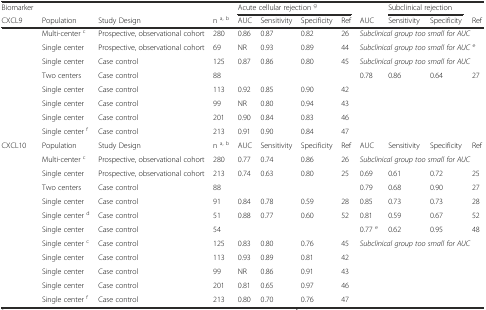
<table><thead><tr><td><b>Biomarker</b></td><td></td><td></td><td></td><td colspan="4"><b>Acute cellular rejection <sup>g</sup></b></td><td></td><td colspan="2"><b>Subclinical rejection</b></td><td></td></tr><tr><td><b>CXCL9</b></td><td><b>Population</b></td><td><b>Study Design</b></td><td><b>n <sup>a, b</sup></b></td><td><b>AUC</b></td><td><b>Sensitivity</b></td><td><b>Specificity</b></td><td><b>Ref</b></td><td><b>AUC</b></td><td><b>Sensitivity</b></td><td><b>Specificity</b></td><td><b>Ref</b></td></tr></thead><tbody><tr><td></td><td>Multi-center <sup>c</sup></td><td>Prospective, observational cohort</td><td>280</td><td>0.86</td><td>0.87</td><td>0.82</td><td>26</td><td colspan="4"><i>Subclinical group too small for AUC</i></td></tr><tr><td></td><td>Single center</td><td>Prospective, observational cohort</td><td>69</td><td>NR</td><td>0.93</td><td>0.89</td><td>44</td><td colspan="4"><i>Subclinical group too small for AUC</i><sup>e</sup></td></tr><tr><td></td><td>Single center</td><td>Case control</td><td>125</td><td>0.87</td><td>0.86</td><td>0.80</td><td>45</td><td colspan="4"><i>Subclinical group too small for AUC</i></td></tr><tr><td></td><td>Two centers</td><td>Case control</td><td>88</td><td></td><td></td><td></td><td></td><td>0.78</td><td>0.86</td><td>0.64</td><td>27</td></tr><tr><td></td><td>Single center</td><td>Case control</td><td>113</td><td>0.92</td><td>0.85</td><td>0.90</td><td>42</td><td></td><td></td><td></td><td></td></tr><tr><td></td><td>Single center</td><td>Case control</td><td>99</td><td>NR</td><td>0.80</td><td>0.94</td><td>43</td><td></td><td></td><td></td><td></td></tr><tr><td></td><td>Single center</td><td>Case control</td><td>201</td><td>0.90</td><td>0.84</td><td>0.83</td><td>46</td><td></td><td></td><td></td><td></td></tr><tr><td></td><td>Single center <sup>f</sup></td><td>Case control</td><td>213</td><td>0.91</td><td>0.90</td><td>0.84</td><td>47</td><td></td><td></td><td></td><td></td></tr><tr><td>CXCL10</td><td>Population</td><td>Study Design</td><td>n <sup>a, b</sup></td><td>AUC</td><td>Sensitivity</td><td>Specificity</td><td>Ref</td><td>AUC</td><td>Sensitivity</td><td>Specificity</td><td>Ref</td></tr><tr><td></td><td>Multi-center <sup>c</sup></td><td>Prospective, observational cohort</td><td>280</td><td>0.77</td><td>0.74</td><td>0.86</td><td>26</td><td colspan="4"><i>Subclinical group too small for AUC</i></td></tr><tr><td></td><td>Single center</td><td>Prospective, observational cohort</td><td>213</td><td>0.74</td><td>0.63</td><td>0.80</td><td>25</td><td>0.69</td><td>0.61</td><td>0.72</td><td>25</td></tr><tr><td></td><td>Two centers</td><td>Case control</td><td>88</td><td></td><td></td><td></td><td></td><td>0.79</td><td>0.68</td><td>0.90</td><td>27</td></tr><tr><td></td><td>Single center</td><td>Case control</td><td>91</td><td>0.84</td><td>0.78</td><td>0.59</td><td>28</td><td>0.85</td><td>0.73</td><td>0.73</td><td>28</td></tr><tr><td></td><td>Single center <sup>d</sup></td><td>Case control</td><td>51</td><td>0.88</td><td>0.77</td><td>0.60</td><td>52</td><td>0.81</td><td>0.59</td><td>0.67</td><td>52</td></tr><tr><td></td><td>Single center</td><td>Case control</td><td>54</td><td></td><td></td><td></td><td></td><td>0.77 <sup>e</sup></td><td>0.62</td><td>0.95</td><td>48</td></tr><tr><td></td><td>Single center <sup>c</sup></td><td>Case control</td><td>125</td><td>0.83</td><td>0.80</td><td>0.76</td><td>45</td><td colspan="4"><i>Subclinical group too small for AUC</i></td></tr><tr><td></td><td>Single center</td><td>Case control</td><td>113</td><td>0.93</td><td>0.89</td><td>0.81</td><td>42</td><td></td><td></td><td></td><td></td></tr><tr><td></td><td>Single center</td><td>Case control</td><td>99</td><td>NR</td><td>0.86</td><td>0.91</td><td>43</td><td></td><td></td><td></td><td></td></tr><tr><td></td><td>Single center</td><td>Case control</td><td>201</td><td>0.81</td><td>0.65</td><td>0.97</td><td>46</td><td></td><td></td><td></td><td></td></tr><tr><td></td><td>Single center <sup>f</sup></td><td>Case control</td><td>213</td><td>0.80</td><td>0.70</td><td>0.76</td><td>47</td><td></td><td></td><td></td><td></td></tr></tbody></table>